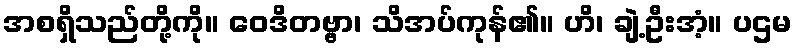
အစရှိသည်တို့ကို။ ဝေဒိတဗ္ဗာ၊ သိအပ်ကုန်၏။ ဟိ၊ ချဲ့ဦးအံ့။ ပဌမ